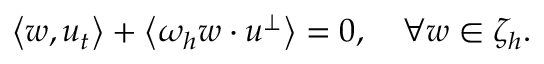
\left\langle w , u _ { t } \right\rangle + \left\langle \omega _ { h } w \cdot u ^ { \perp } \right\rangle = 0 , \quad \forall w \in \zeta _ { h } .